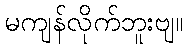
မကျန်လိုက်ဘူးဗျ။